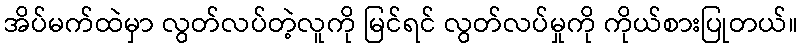
အိပ်မက်ထဲမှာ လွတ်လပ်တဲ့လူကို မြင်ရင် လွတ်လပ်မှုကို ကိုယ်စားပြုတယ်။